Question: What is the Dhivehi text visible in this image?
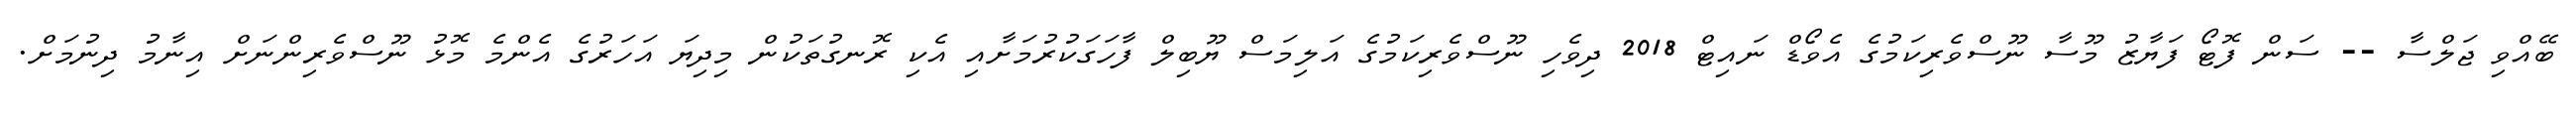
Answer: ބޭއްވި ޖަލްސާ -- ސަން ފޮޓޯ ފަޔާޒު މޫސާ ނޫސްވެރިކަމުގެ އެވޯޑް ނައިޓް 2018 ދިވެހި ނޫސްވެރިކަމުގެ އަލިމަސް ޔޫބިލް ފާހަގަކުރުމަށާއި އެކި ރޮނގުތަކުން މިދިޔަ އަހަރުގެ އެންމެ މޮޅު ނޫސްވެރިންނަށް އިނާމު ދިނުމަށް.